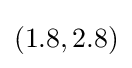
(1.8,2.8)